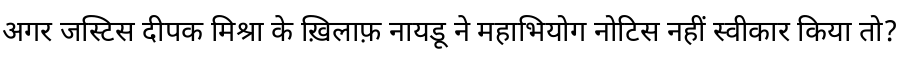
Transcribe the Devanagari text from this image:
अगर जस्टिस दीपक मिश्रा के ख़िलाफ़ नायडू ने महाभियोग नोटिस नहीं स्वीकार किया तो?